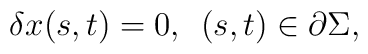
\delta x(s,t)=0,\hspace{2mm}(s,t)\in\partial\Sigma,